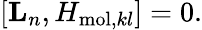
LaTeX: [{\mathbf{L}}_{n},H_{\mathrm{mol},kl}]=0.